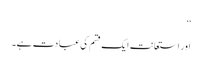
‘‘
اور استعانت ایک قسم کی عبادت ہے۔